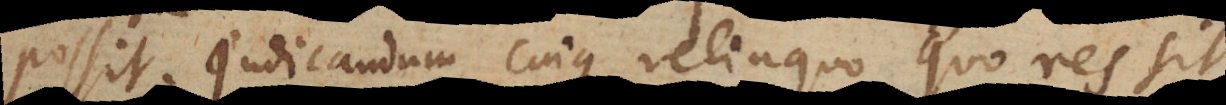
possit; judicandum cuique relinquo quo res sit